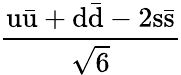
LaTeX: \mathrm{\frac{u{\bar{u}}+d{\bar{d}}-2s{\bar{s}}}{\sqrt{6}}}